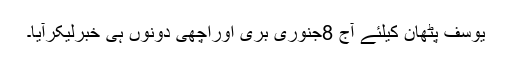
یوسف پٹھان کیلئے آج 8جنوری بری اوراچھی دونوں ہی خبرلیکرآیا۔